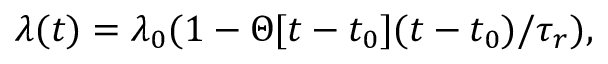
\lambda ( t ) = \lambda _ { 0 } ( 1 - \Theta [ t - t _ { 0 } ] ( t - t _ { 0 } ) / \tau _ { r } ) ,